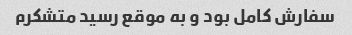
سفارش کامل بود و به موقع رسید متشکرم